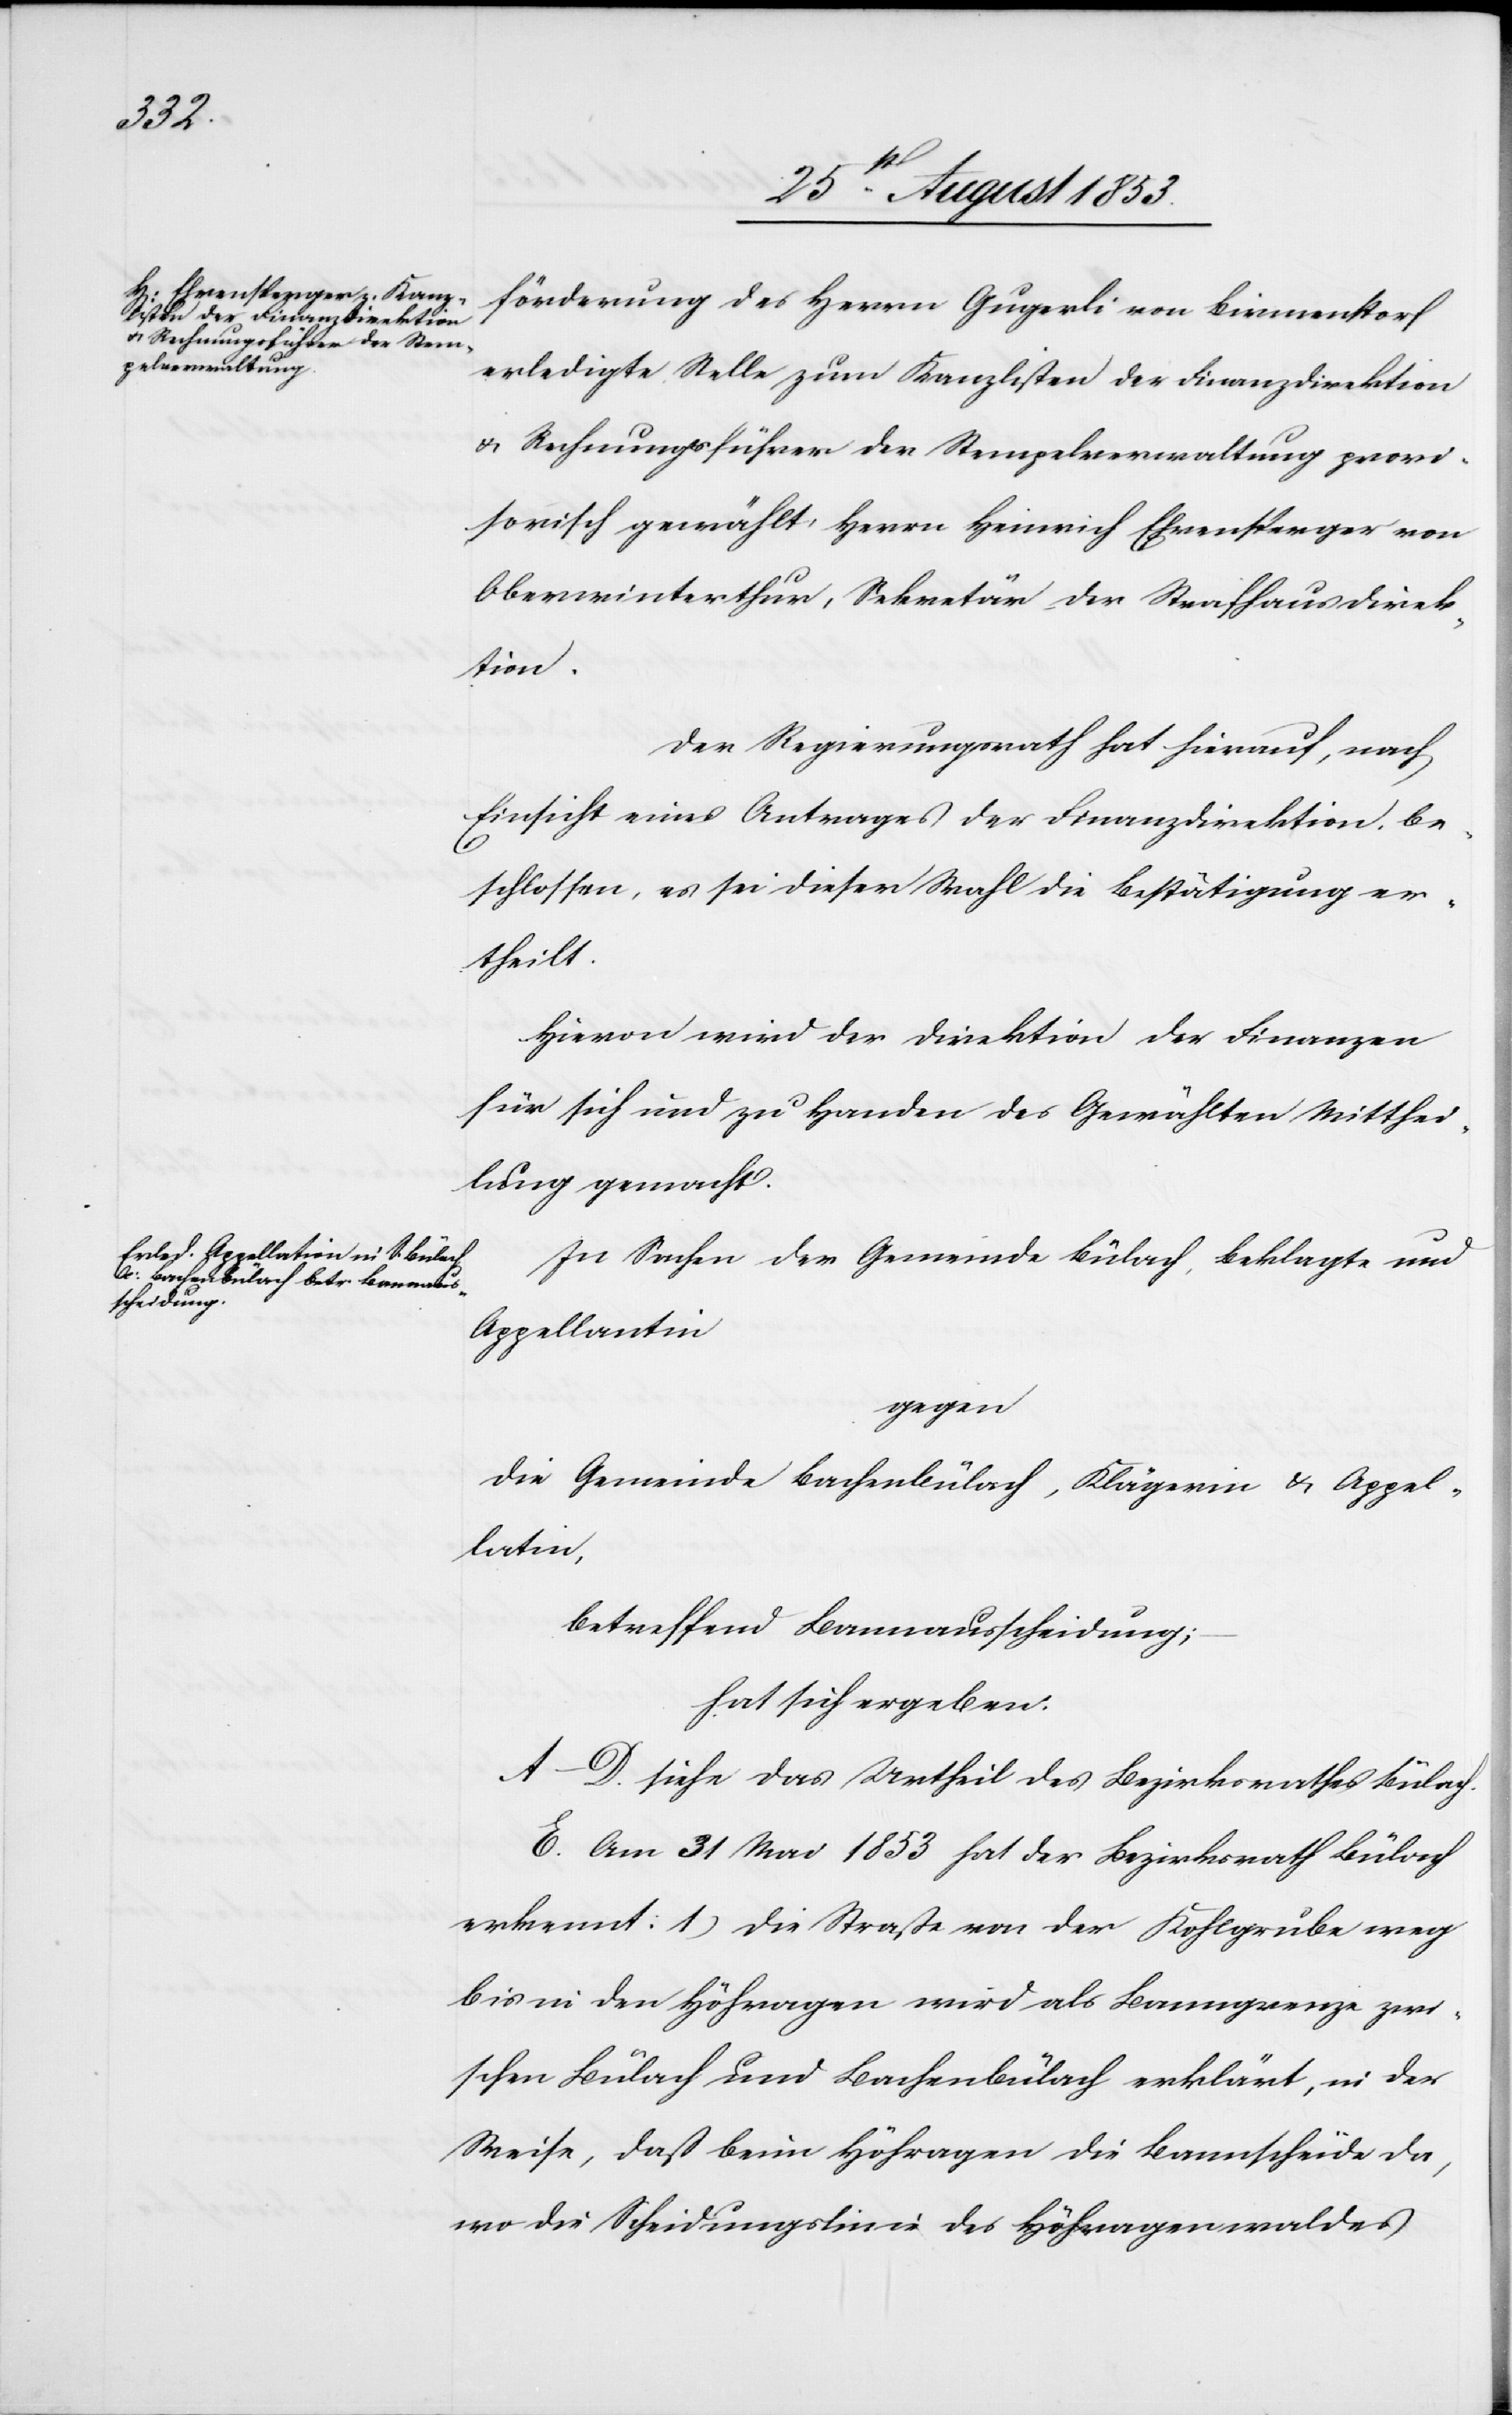
förderung des Herrn Guggerli von Birmenstorf
erledigte Stelle zum Kanzlisten der Finanzdirektion
u. Rechnungsführer der Stempelverwaltung provi¬
sorisch gewählt, Herrn Heinrich Ehrensperger von
Oberwinterthur, Sekretär der Strafhausdirek¬
tion.
Der Regierungsrath hat hierauf, nach
Einsicht eines Antrages der Finanzdirektion be¬
schlossen, es sei dieser Wahl die Bestätigung er¬
theilt.
Hievon wird der Direktion der Finanzen
für sich und zu Handen des Gewählten Mitthei¬
lung gemacht.
In Sachen der Gemeinde Bülach, Beklagte und
Appellantin
gegen
die Gemeinde Bachenbülach, Klägerin u. Appel¬
latin,
betreffend Bannausscheidung;
hat sich ergeben:
A–D. siehe das Urtheil des Bezirksrathes Bülach.
E. Am 31 Mai 1853 hat der Bezirksrath Bülach
erkennt: 1) Die Straße von der Kohlgrube weg
bis in den Höhragen wird als Banngrenze zwi¬
schen Bülach und Bachenbülach erklärt, in der
Weise, daß beim Höhragen die Bannscheide da,
wo die Scheidungslinie des Höhragenwaldes